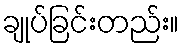
ချုပ်ခြင်းတည်း။